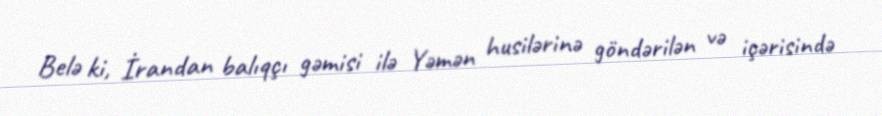
Belə ki, İrandan balıqçı gəmisi ilə Yəmən husilərinə göndərilən və içərisində